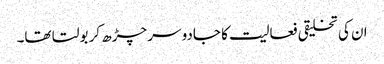
ان کی تخلیقی فعالیت کا جادو سر چڑھ کر بولتا تھا۔